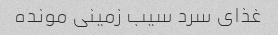
غذای سرد سیب زمینی مونده